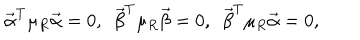
{ \vec { \alpha } } ^ { T } \mu _ { R } { \vec { \alpha } } = 0 , \ \ { \vec { \beta } } ^ { T } \mu _ { R } { \vec { \beta } } = 0 , \ \ { \vec { \beta } } ^ { T } \mu _ { R } { \vec { \alpha } } = 0 ,